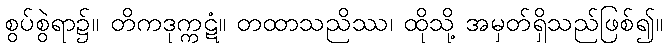
စွပ်စွဲရာ၌။ တိကဒုက္ကဋံ။ တထာသညိဿ၊ ထိုသို့ အမှတ်ရှိသည်ဖြစ်၍။